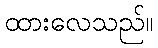
ထားလေသည်။